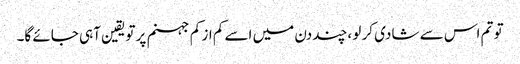
تو تم اس سے شادی کر لو ،چند دن میں اسے کم از کم جہنم پر تویقین آہی جائے گا۔